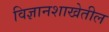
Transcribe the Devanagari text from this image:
विज्ञानशाखेतील